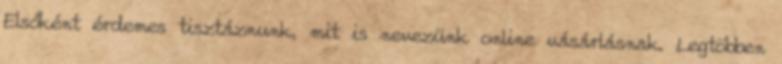
Elsőként érdemes tisztáznunk, mit is nevezünk online vásárlásnak. Legtöbben